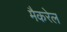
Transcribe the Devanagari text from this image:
मैकरेल